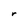
Character: r